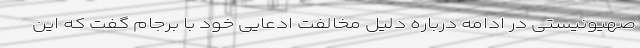
صهیونیستی در ادامه درباره دلیل مخالفت ادعایی خود با برجام گفت که این